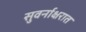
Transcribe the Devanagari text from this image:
सुवर्नाक्षरात